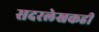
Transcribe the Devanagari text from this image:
सदरलेखकही